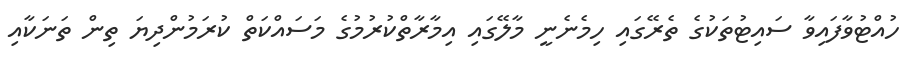
ހުއްޓުވާފައިވާ ސައިޓުތަކުގެ ތެރޭގައި ހިމެނެނީ މާލޭގައި އިމާރާތްކުރުމުގެ މަސައްކަތް ކުރަމުންދިޔަ ތިން ތަނަކާއި